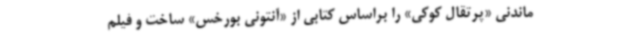
ماندنی «پرتقال کوکی» را براساس کتابی از «آنتونی بورخس» ساخت و فیلم